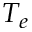
T _ { e }